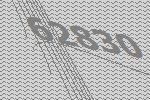
62830